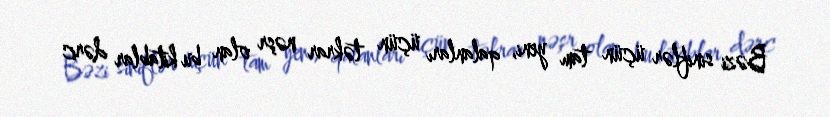
Bəzi siniflər üçün tam yeni, qalanları üçün təkrar nəşr olan bu kitablar dərc